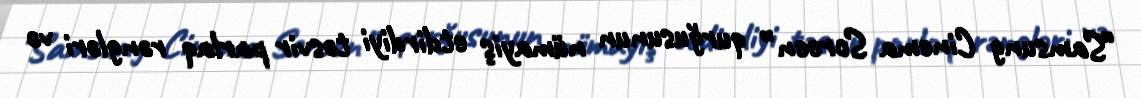
“Samsung Cinema Screen” qurğusunun nümayiş etdirdiyi təsvir parlaq rəngləri və